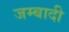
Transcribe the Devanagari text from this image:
जम्बादी